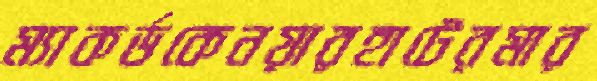
ম্যাকর্ডকেনয়ারহাটেরমার